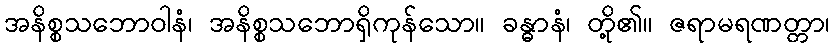
အနိစ္စသဘောဝါနံ၊ အနိစ္စသဘောရှိကုန်သော။ ခန္ဓာနံ၊ တို့၏။ ဇရာမရဏတ္တာ၊